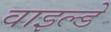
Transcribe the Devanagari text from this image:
वाइल्डे